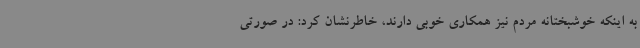
به اینکه خوشبختانه مردم نیز همکاری خوبی دارند، خاطرنشان کرد: در صورتی